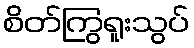
စိတ်ကြွရူးသွပ်